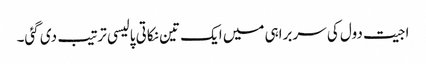
اجیت دول کی سربراہی میں ایک تین نکاتی پالیسی ترتیب دی گئی۔